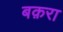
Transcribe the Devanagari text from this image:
बक़रा